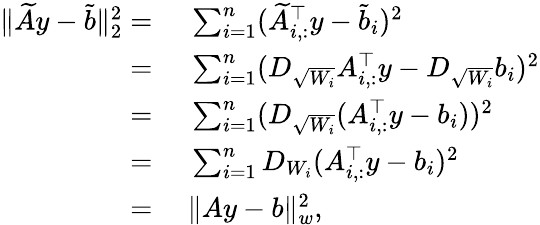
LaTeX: \begin{array}{rl}{\| \widetilde Ay-\widetilde b\| _{2}^{2}=}&{~\sum_{i=1}^{n}(\widetilde A_{i,:}^{\top}y-\widetilde b_{i})^{2}}\\ {=}&{~\sum_{i=1}^{n}(D_{\sqrt{W_{i}}}A_{i,:}^{\top}y-D_{\sqrt{W_{i}}}b_{i})^{2}}\\ {=}&{~\sum_{i=1}^{n}(D_{\sqrt{W_{i}}}(A_{i,:}^{\top}y-b_{i}))^{2}}\\ {=}&{~\sum_{i=1}^{n}D_{W_{i}}(A_{i,:}^{\top}y-b_{i})^{2}}\\ {=}&{~\| Ay-b\| _{w}^{2},}\end{array}